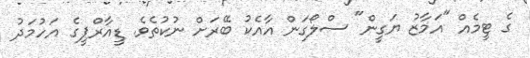
ގެ ޓީމެއް "އަމާޒު ޔަގީން" ސްލޯގަން އާއެކު ބޭރަށް ނުކުތެވެ. ޑީއާރްޕީގެ އަހުމަދު